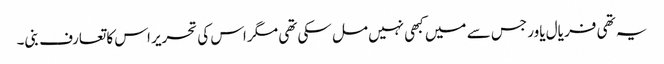
یہ تھی فر یال یاور جس سے میں کبھی نہیں مل سکی تھی مگر اس کی تحریر اس کا تعارف بنی۔